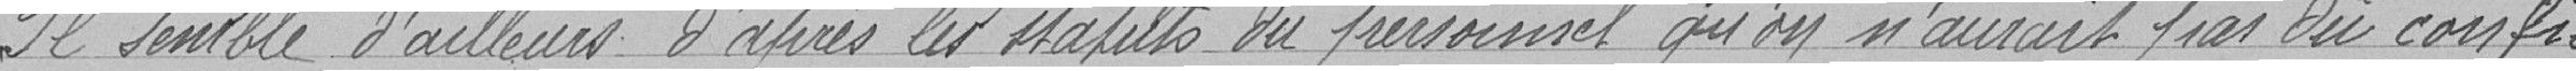
Il semble d'ailleurs d'après les statuts du personnel qu'on n'aurait pas dû confier